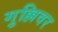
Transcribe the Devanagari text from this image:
गुल्लिवर